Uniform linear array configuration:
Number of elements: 48
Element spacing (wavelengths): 1
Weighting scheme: cosine
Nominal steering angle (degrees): -30
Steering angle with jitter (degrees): -31.48
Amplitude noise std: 0.05
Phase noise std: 0.05

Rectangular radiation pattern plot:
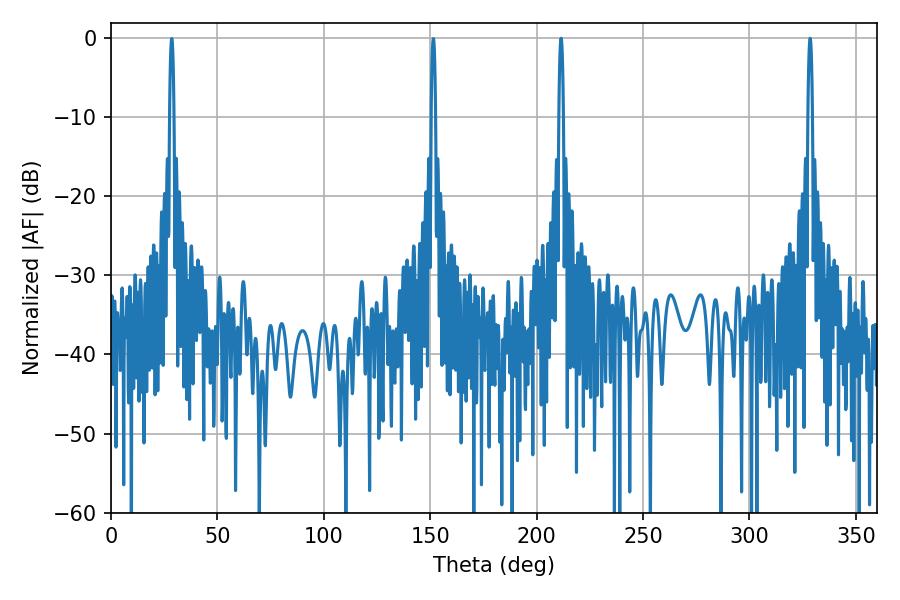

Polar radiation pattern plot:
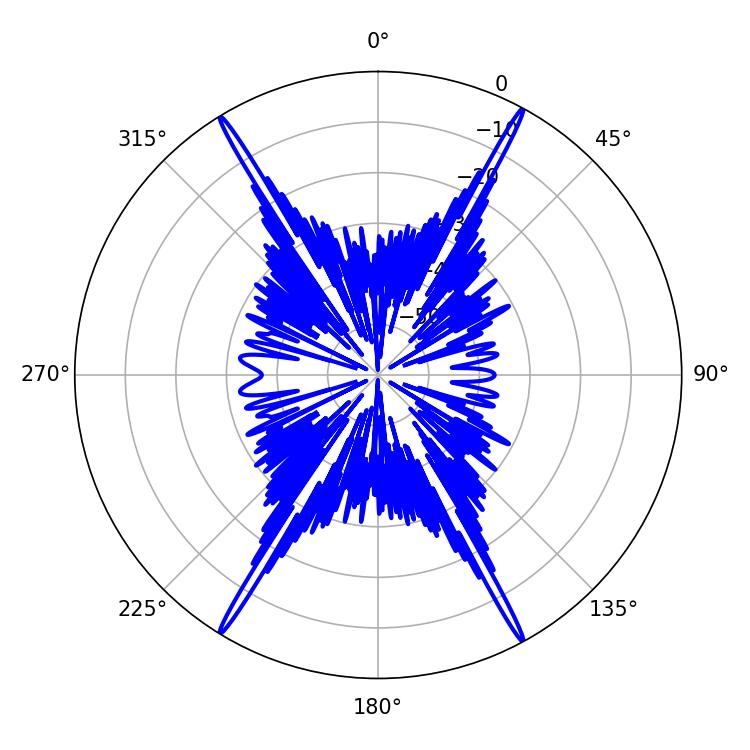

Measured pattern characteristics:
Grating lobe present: TRUE
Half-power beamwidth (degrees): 1.08
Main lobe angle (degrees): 328.5